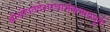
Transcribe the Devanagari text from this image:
श्रीश्रीपतेर्दशरथार्भकभावपूर्तेः